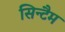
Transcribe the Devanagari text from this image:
सिन्टैम